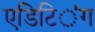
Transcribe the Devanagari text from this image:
एडिटिऺग